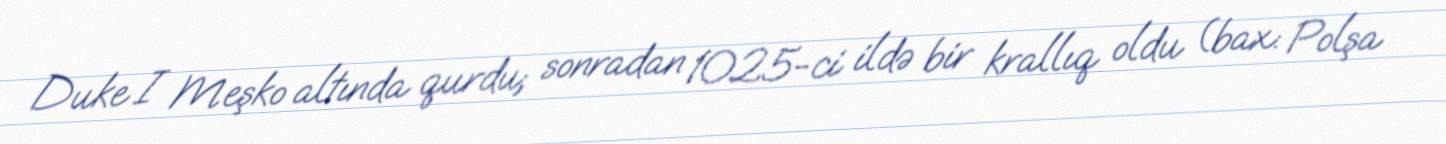
Duke I Meşko altında qurdu; sonradan 1025-ci ildə bir krallıq oldu (bax: Polşa